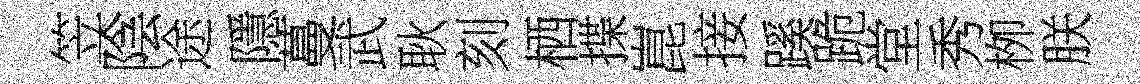
笠陰途隱蔓武耿刻栖揲崑接蹊跪堂秀栁朕